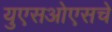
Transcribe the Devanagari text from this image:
युएसओएसचे